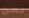
نحن